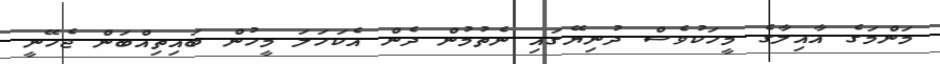
މަންމަގެ އާއިލާގެ މީހަކުވެސް ދުނިޔޭގައި ނެތުމުން ދެން އެކަހަލަ މީހުން ބައިތިއްބަން ޖެހޭނީ